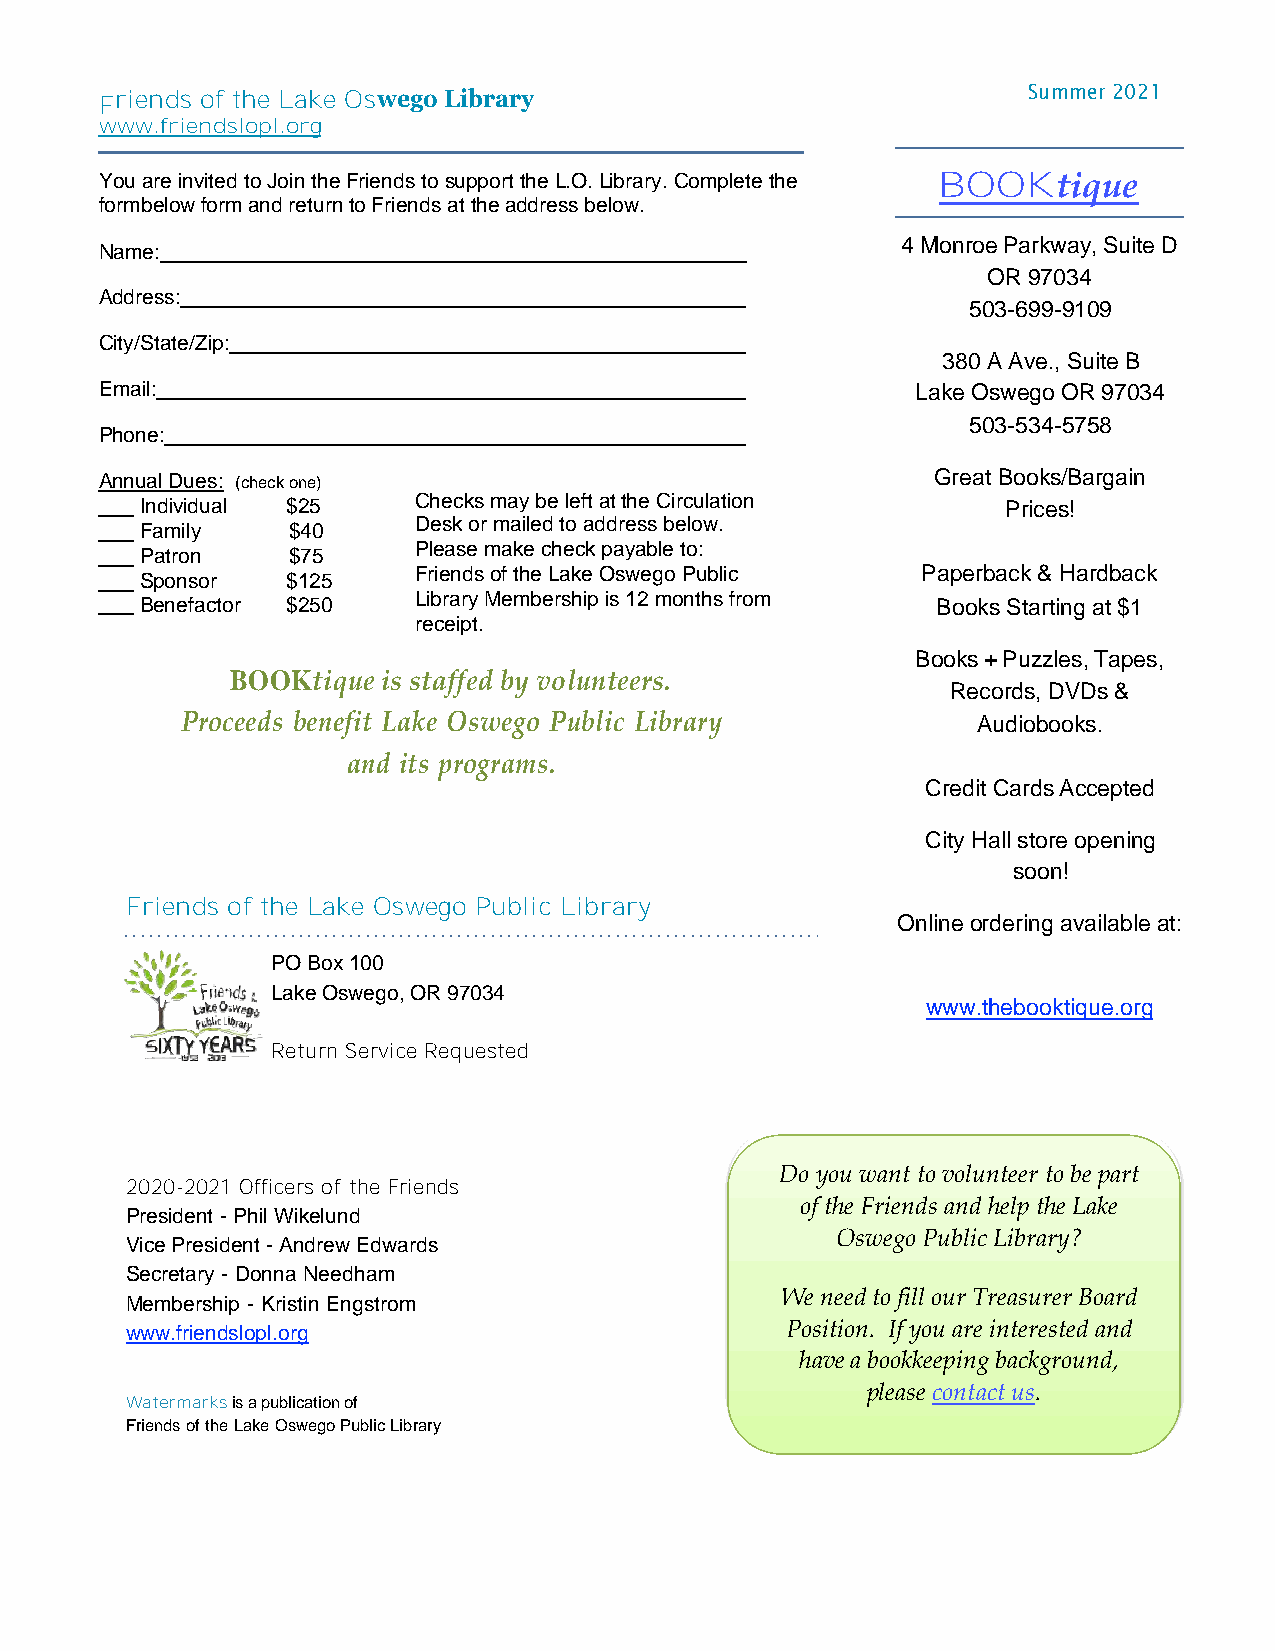
FF rr ii een nd ds
 s
 o of t fh te
 h
 L ea k Le
 a
 O ks ew e Og so
 wego Library
 Summer 2021
 www.friendslopl.org
 You are invited to Join the Friends to support the L.O. Library. Complete the BOOKtique
 form below form and return to Friends at the address below.
 4 Monroe Parkway, Suite D
 Name:
 OR 97034
 Address:
 503-699-9109
 City/State/Zip:
 380 A Ave., Suite B
 Email:                                                Lake Oswego OR 97034
 503-534-5758
 Phone:
 Annual Dues: (check one)                               Great Books/Bargain
 Individual $25    Checks may be left at the Circulation   Prices!
 Desk or mailed to address below.
 Family    $40
 Please make check payable to:
 Patron    $75
 Friends of the Lake Oswego Public Paperback & Hardback
 Sponsor   $125
 Benefactor $250   Library Membership is 12 months from Books Starting at $1
 receipt.
 Books + Puzzles, Tapes,
 BOOKtique is staffed by volunteers.
 Records, DVDs &
 Proceeds benefit Lake Oswego Public Library          Audiobooks.
 and its programs.
 Credit Cards Accepted
 City Hall store opening
 soon!
 Friends of the Lake Oswego Public Library
 Online ordering available at:
 PO Box 100
 Lake Oswego, OR 97034
 www.thebooktique.org
 Return Service Requested
 Do you want to volunteer to be part
 2020-2021 Officers of the Friends
 of the Friends and help the Lake
 President - Phil Wikelund
 Oswego Public Library?
 Vice President - Andrew Edwards
 Secretary - Donna Needham
 We need to fill our Treasurer Board
 Membership - Kristin Engstrom
 www.friendslopl.org                         Position. If you are interested and
 have a bookkeeping background,
 backgrpolueansde cionnbtaocot kukse. eping,
 Watermarks is a publication of
 contact us and click here!
 Friends of the Lake Oswego Public Library